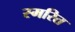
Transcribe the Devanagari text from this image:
स्मरित